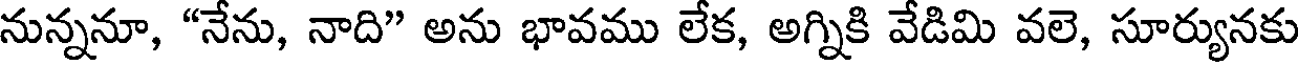
నున్ననూ, "నేను, నాది" అను భావము లేక, అగ్నికి వేడిమి వలె, సూర్యునకు